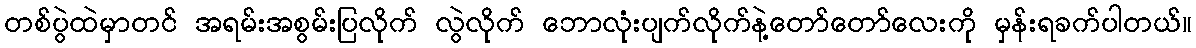
တစ်ပွဲထဲမှာတင် အရမ်းအစွမ်းပြလိုက် လွဲလိုက် ဘောလုံးပျက်လိုက်နဲ့တော်တော်လေးကို မှန်းရခက်ပါတယ်။